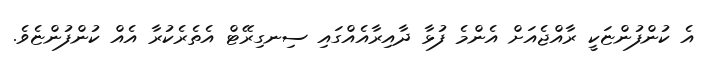
އެ ކުންފުންޏަކީ ރާއްޖެއަށް އެންމެ ފުޅާ ދާއިރާއެއްގައި ސިނގިރޭޓް އެތެރެކުރާ އެއް ކުންފުންޏެވެ.